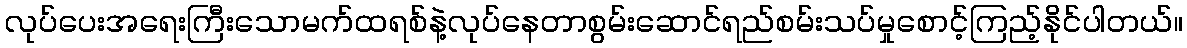
လုပ်ပေးအရေးကြီးသောမက်ထရစ်နဲ့လုပ်နေတာစွမ်းဆောင်ရည်စမ်းသပ်မှုစောင့်ကြည့်နိုင်ပါတယ်။